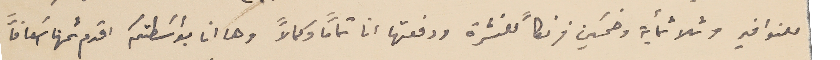
للنوافير وثلاثمأية وخمسَين فرنكاً للنشرة ودفعتها انا تمامًا وكمالاً وها انا بواسَطتكم اقدم ثمنها اسَعافاً